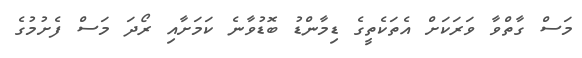
މަސް ގާތްވާ ވަރަކަށް އެތަކެތީގެ ޑިމާންޑު ބޮޑުވާނެ ކަމަށާއި ރޯދަ މަސް ފެށުމުގެ